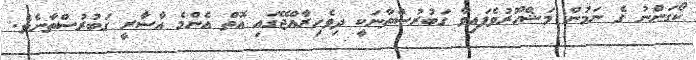
ކޯގަންނު ގެ ނަމުން މަޝްހޫރުވެފައިވާ ގަބުރުސްތާނަކީ ދިވެހިރާއްޖޭގައި އޮތް އެންމެ އާސާރީ ގަބުރުސްތާނެވެ.